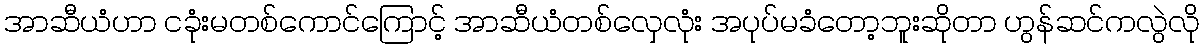
အာဆီယံဟာ ငခုံးမတစ်ကောင်ကြောင့် အာဆီယံတစ်လှေလုံး အပုပ်မခံတော့ဘူးဆိုတာ ဟွန်ဆင်ကလွဲလို